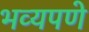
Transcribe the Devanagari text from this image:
भव्यपणे